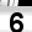
Digit: 6